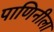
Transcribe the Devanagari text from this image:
पाणिनीला